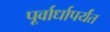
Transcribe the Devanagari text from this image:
पूर्वार्धापर्यंत